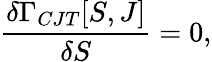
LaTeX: \frac{\delta\Gamma_{CJT}[S,J]}{\delta S}=0,